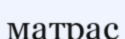
матрас